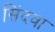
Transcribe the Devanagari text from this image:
सिंदवा